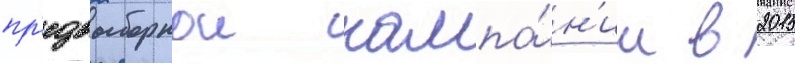
пр'едвыборнои кампа́н'ии в 2015